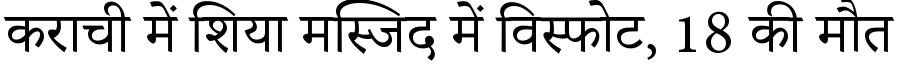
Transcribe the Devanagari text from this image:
कराची में शिया मस्जिद में विस्फोट, 18 की मौत